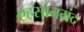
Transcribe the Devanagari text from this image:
एहसानमंद